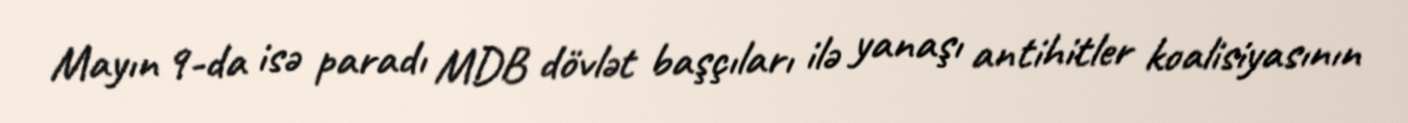
Mayın 9-da isə paradı MDB dövlət başçıları ilə yanaşı antihitler koalisiyasının